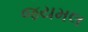
જયમલ